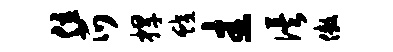
位爪捍蛟圭俟傲